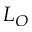
L _ { O }